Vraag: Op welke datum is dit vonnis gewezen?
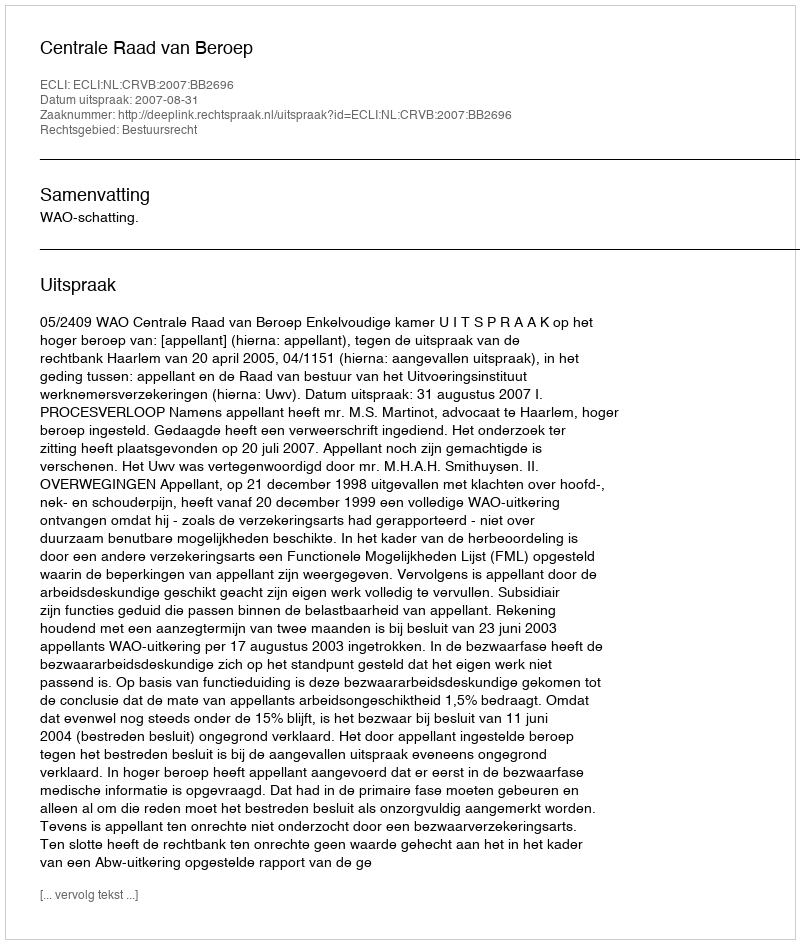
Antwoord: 2007-08-31